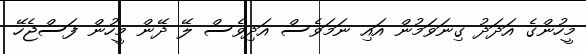
މީހުންގެ އަދަދު ގިނަވަމުން އައި ނަމަވެސް އަދިވެސް ލޭ ދޭން މީހުން ފަސްޖެހޭ